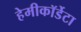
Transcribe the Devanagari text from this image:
हेमीकॉर्डेटा